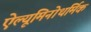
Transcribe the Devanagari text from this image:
ऐल्यूमिनोथर्मिक